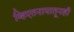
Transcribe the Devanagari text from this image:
व्हिएतनामातूनही